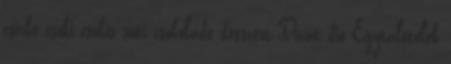
csirke csoki csokis süti csokoládé desszert Divat dió Egytálételek